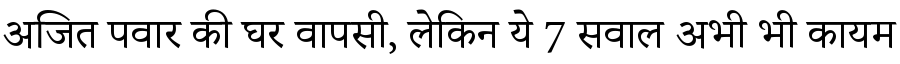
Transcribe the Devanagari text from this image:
अजित पवार की घर वापसी, लेकिन ये 7 सवाल अभी भी कायम